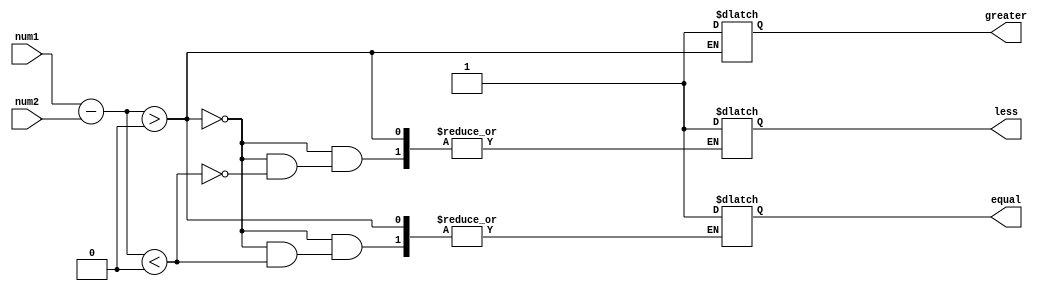
module unsigned_comparator(
    input [7:0] num1,
    input [7:0] num2,
    output greater,
    output less,
    output equal
);

reg greater, less, equal;
wire [7:0] diff;

assign diff = num1 - num2;

always @(diff) begin
    if(diff > 0)
        greater = 1;
    else if(diff < 0)
        less = 1;
    else
        equal = 1;
end

endmodule